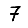
Digit: 7